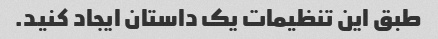
طبق این تنظیمات یک داستان ایجاد کنید.